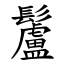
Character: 䰕